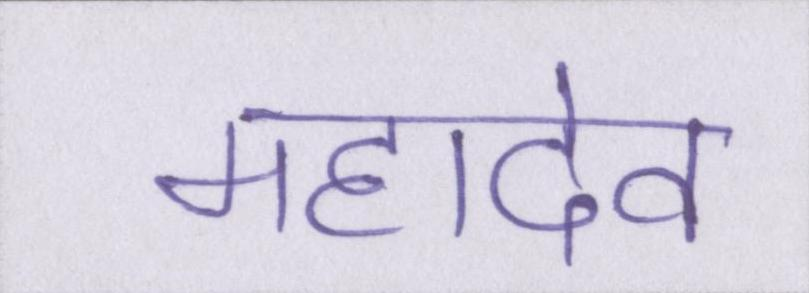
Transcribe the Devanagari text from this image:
महादेव